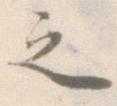
之